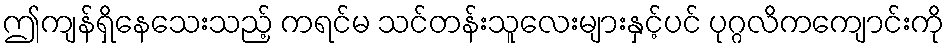
ဤကျန်ရှိနေသေးသည့် ကရင်မ သင်တန်းသူလေးများနှင့်ပင် ပုဂ္ဂလိကကျောင်းကို